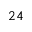
^ Ḋ 2 4 Ḍ